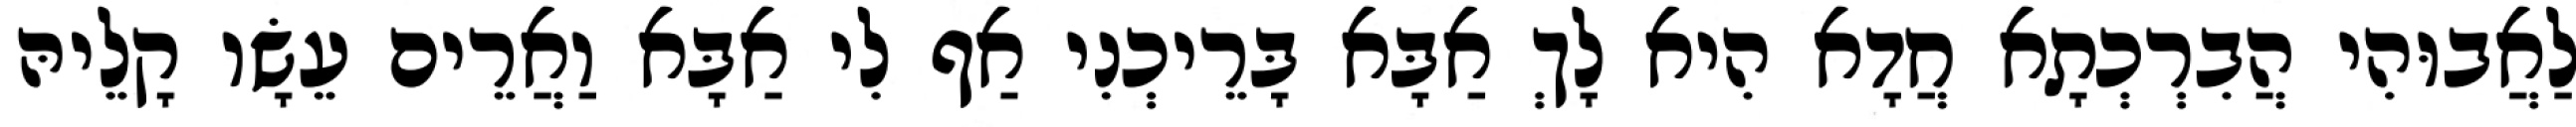
לַאֲבוּהִי הֲבִרְכְתָא חֲדָא הִיא לָךְ אַבָּא בָּרֵיכְנִי אַף לִי אַבָּא וַאֲרֵים עֵשָׂו קָלֵיהּ